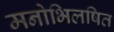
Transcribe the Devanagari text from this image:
मनोभिलषित